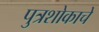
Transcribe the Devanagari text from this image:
पुत्रशोकाचे